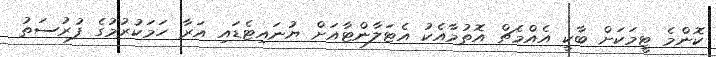
ކޮންމެ ޓީމަކަށް ބާކީ އެއްމެޗް އޮތުމާއެކު އެޓަލާންޓާއަށް ޔުނައިޓެޑައި އަރާ ހަމަކުރުމުގެ ފުރުސަތު